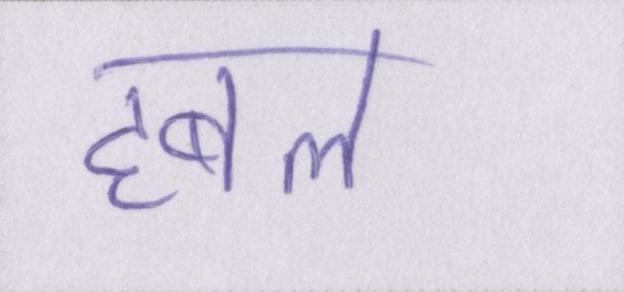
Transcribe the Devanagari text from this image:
हबल